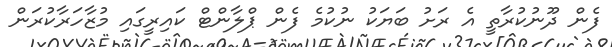
ފެން ދޫނުކުރާތީ އެ ރަށު ބަޔަކު ނުކުމެ ފެން ޕްލާންޓް ކައިރީގައި މުޒާހަރާކުރަން